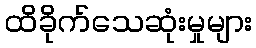
ထိခိုက်သေဆုံးမှုများ